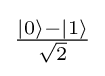
{\textstyle {\frac {\left|0\right\rangle -\left|1\right\rangle }{\sqrt {2}}}}